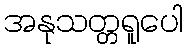
အနုသတ္တရူပေါ